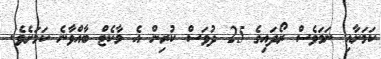
ކަމަށާއި ނަަމަވެސް ރޯދައިގެ 25 ދުވަސް ކުރިން އެ މާކެޓް ބާއްވާނެ ކަމަށެވެ.